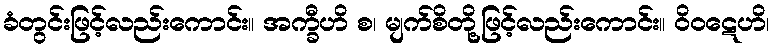
ခံတွင်းဖြင့်လည်းကောင်း။ အက္ခီဟိ စ၊ မျက်စိတို့ဖြင့်လည်းကောင်း။ ဝိဝဋေဟိ၊